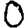
Digit: 0